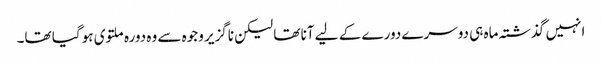
انہیں گذشتہ ماہ ہی دوسرے دورے کے لیے آنا تھا لیکن ناگزیر وجوہ سے وہ دورہ ملتوی ہو گیا تھا۔